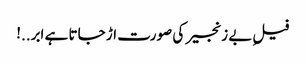
فیلِ بے زنجیر کی صورت اڑ جاتا ہے ابر..!